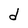
Character: d